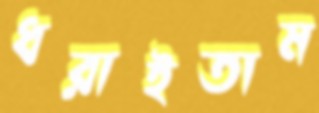
ধরাইতাম